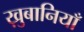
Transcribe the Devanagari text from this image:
ख़ुबानियाँ